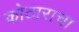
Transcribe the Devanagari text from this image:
कोठाराचा